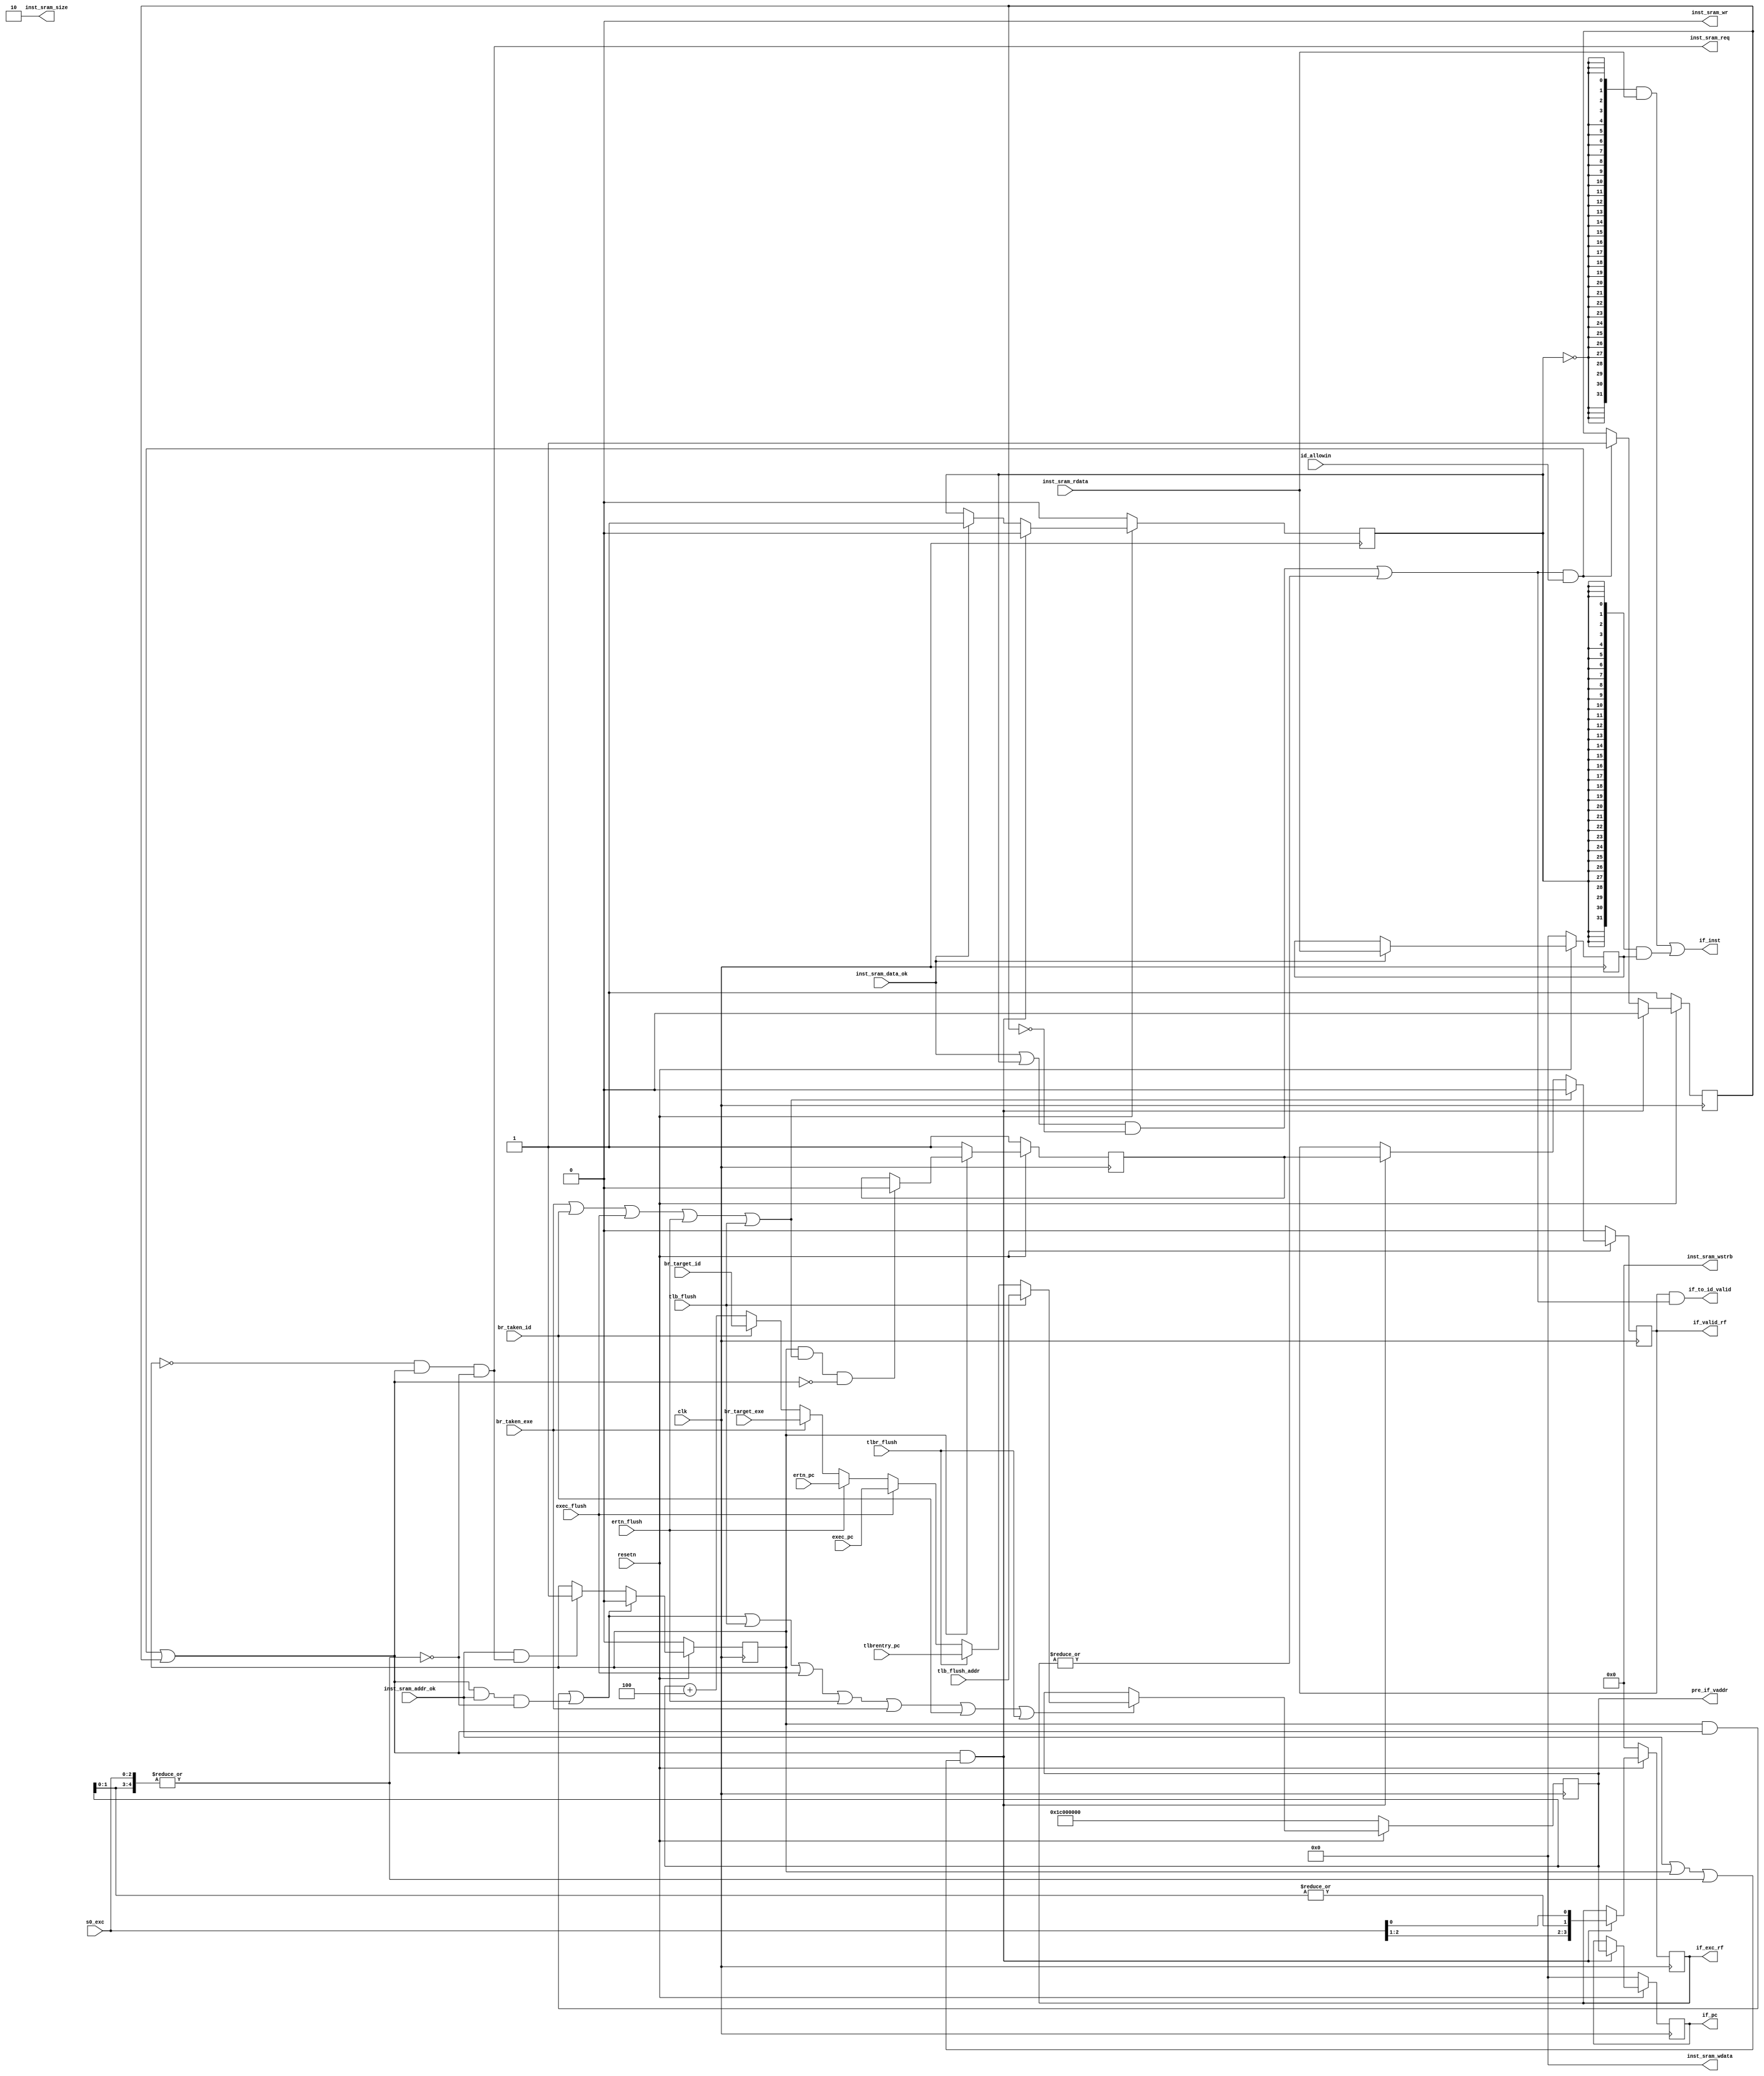
module IFstate(
    input             clk,
    input             resetn, // resetn==1 <-> do reset
    output             if_valid_rf,

    // output            inst_sram_en,
    output wire        inst_sram_req,
    output wire        inst_sram_wr,
    output wire [ 1:0] inst_sram_size,
    output wire [ 3:0] inst_sram_wstrb,
    // output wire [31:0] inst_sram_addr,
    output wire [31:0] inst_sram_wdata,
    input wire         inst_sram_addr_ok,
    input wire         inst_sram_data_ok,
    input wire  [31:0] inst_sram_rdata,
    // output     [ 3:0] inst_sram_we,
    // output     [31:0] inst_sram_addr,
    // output     [31:0] inst_sram_wdata,
    // input      [31:0] inst_sram_rdata,
    input             id_allowin,
    input             br_taken_id,
    input      [31:0] br_target_id,
    input             br_taken_exe,
    input      [31:0] br_target_exe,
    output            if_to_id_valid,
    output     [31:0] if_inst,
    output     [31:0] if_pc,
    input      [31:0] ertn_pc,
    input      [31:0] exec_pc,
    input      [31:0] tlbrentry_pc,
    input             exec_flush,
    input             ertn_flush,
    input             tlbr_flush,
    output     [3 :0] if_exc_rf,
    //tlb related flush
    input             tlb_flush,
    input      [31:0] tlb_flush_addr,
    //tlb translate
    output     [31:0] pre_if_vaddr,
    input      [2 :0] s0_exc//{s0_pif,s0_ppi,s0_tlbr}
);
    reg  [31:0] pc_src;
    reg         pre_if_handled;
    reg         pre_if_valid;
    wire        pre_if_ready_go;
    wire        pre_if_allowin;
    reg         if_handled;
    reg         if_valid;
    reg  [31:0] if_pc_reg;
    reg  [31:0] if_inst_reg;
    reg         if_gone;
    wire        if_ready_go;
    wire        if_allowin;
    // reg         if_valid;
    wire [31:0] pc_seq;
    wire [31:0] pre_if_pc_next;
    wire        pre_if_adef;
    wire [3 :0] pre_if_exc;//we make the wire in order in every stages,{pif,ppi,adef,pre_if_tlbr}
    reg  [3 :0] if_exc_reg;

    assign pre_if_allowin  = pre_if_handled & if_allowin 
                             | if_allowin & inst_sram_addr_ok & ~(|pre_if_exc);//not received request or has gone
    assign pre_if_ready_go = inst_sram_addr_ok | pre_if_handled | (|pre_if_exc);//request received
    assign if_allowin      = if_ready_go & id_allowin | if_gone;
    assign if_ready_go     = (inst_sram_data_ok | if_handled) & ~if_gone | (|if_exc_reg);
    assign if_to_id_valid  = if_valid & if_ready_go;
    
    always @(posedge clk ) begin
        if(~resetn)
            pre_if_handled <= 1'b0;
        else if(pre_if_allowin)
            pre_if_handled <= 1'b0;
        else if(inst_sram_addr_ok & inst_sram_req)
            pre_if_handled <= 1'b1;
    end

    always @(posedge clk ) begin
        if(~resetn)
            if_handled <= 1'b0;//allow the first instruction in 
        else if(if_allowin & pre_if_ready_go)
            if_handled <= 1'b0;
        else if(inst_sram_data_ok)
            if_handled <= 1'b1;
    end

    always @(posedge clk ) begin
        if(~resetn)
            pre_if_valid <= 1'b1;
        else if(~pre_if_handled)//request not received, always valid
            pre_if_valid <= 1'b1;
        else if(pre_if_handled & (br_taken_exe | br_taken_id | exec_flush | ertn_flush | tlb_flush) & ~if_allowin)
            pre_if_valid <= 1'b0;
    end

    always @(posedge clk) begin
        if(~resetn)
            if_valid <= 1'b0;
        else if(br_taken_exe | br_taken_id | exec_flush | ertn_flush | tlb_flush)
            if_valid <= 1'b0;
        else if(if_allowin & pre_if_ready_go)
            if_valid <= pre_if_valid;
    end

    always @(posedge clk ) begin
        if(~resetn)
            if_pc_reg <= 1'b0;
        else if(if_allowin & pre_if_ready_go)
            if_pc_reg <= pc_src;
    end

    always @(posedge clk ) begin
        if(~resetn)
            if_gone <= 1'b1;
        else if(pre_if_ready_go & if_allowin)
            if_gone <= 1'b0;
        else if(if_ready_go & id_allowin)
            if_gone <= 1'b1;
    end

    always @(posedge clk ) begin
        if(~resetn)
            if_inst_reg <= 32'b0;
        else if(inst_sram_data_ok)
            if_inst_reg <= inst_sram_rdata;
        else
            if_inst_reg <= if_inst_reg;
    end

    always @(posedge clk ) begin
        if(~resetn)
            if_exc_reg <= 4'b0;
        else if(pre_if_ready_go & if_allowin)
            if_exc_reg <= pre_if_exc;
    end

    /* Instruction Fetch: use inst_sram */
    // assign inst_sram_en    = if_allowin & resetn;
    assign inst_sram_req = ~pre_if_handled & if_allowin & ~(|pre_if_exc);
    assign inst_sram_wr = 1'b0;
    assign inst_sram_size = 2'b10;
    assign inst_sram_wstrb = 4'b0;
    assign pre_if_vaddr = pc_src;
    assign inst_sram_wdata = 32'b0;
    assign if_pc = if_pc_reg;
    // assign inst_sram_we    = 4'b0;
    // assign inst_sram_addr  = pre_if_pc_next;
    // assign inst_sram_wdata = 32'b0;


    /* Write if_pc: write pre_if_pc_next generated from the former instruction */
    assign pc_seq  = pc_src + 32'd4;  
    assign pre_if_pc_next = tlb_flush? tlb_flush_addr : tlbr_flush ? tlbrentry_pc : exec_flush? exec_pc: ertn_flush? ertn_pc :br_taken_exe ? br_target_exe : br_taken_id ? br_target_id : pc_seq;
    // br signals passed on from IDstate
    always @(posedge clk) begin
        if(~resetn)
            pc_src <= 32'h1c000000;
        else if(pre_if_allowin | tlb_flush | exec_flush | ertn_flush | br_taken_exe | br_taken_id | tlbr_flush)
            pc_src <= pre_if_pc_next;
    end
    assign if_inst = {32{~if_handled}} & inst_sram_rdata | {32{if_handled}} & if_inst_reg;
    assign if_valid_rf = if_valid;
    assign pre_if_adef = | pc_src[1:0];
    assign pre_if_exc  = {s0_exc[2:1],pre_if_adef,s0_exc[0]};
    assign if_exc_rf = if_exc_reg;
endmodule